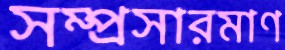
সম্প্রসারমাণ